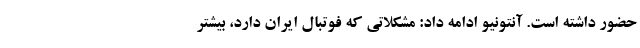
حضور داشته است. آنتونیو ادامه داد: مشکلاتی که فوتبال ایران دارد، بیشتر